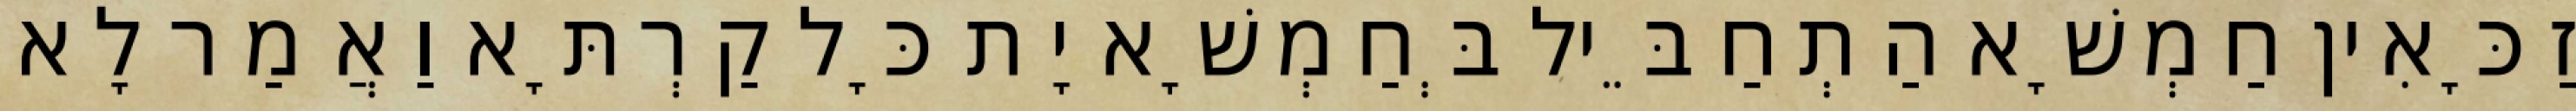
זַכָּאִין חַמְשָׁא הַתְחַבֵּיל בְּחַמְשָׁא יָת כָּל קַרְתָּא וַאֲמַר לָא